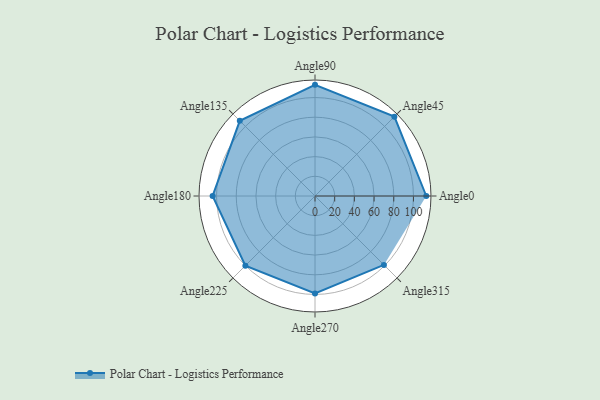
{"axis": {"x": "Angle", "y": "Radius"}, "legend": [""], "data": [{"x": "Angle0", "y": 113.0, "type": ""}, {"x": "Angle45", "y": 114.0, "type": ""}, {"x": "Angle90", "y": 113.0, "type": ""}, {"x": "Angle135", "y": 108.0, "type": ""}, {"x": "Angle180", "y": 104.0, "type": ""}, {"x": "Angle225", "y": 100.0, "type": ""}, {"x": "Angle270", "y": 99.0, "type": ""}, {"x": "Angle315", "y": 99.0, "type": ""}]}